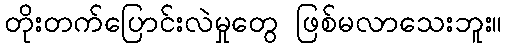
တိုးတက်ပြောင်းလဲမှုတွေ ဖြစ်မလာသေးဘူး။